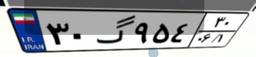
۱۷گ۲۶۱۳۰